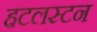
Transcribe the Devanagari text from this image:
हटलस्टन